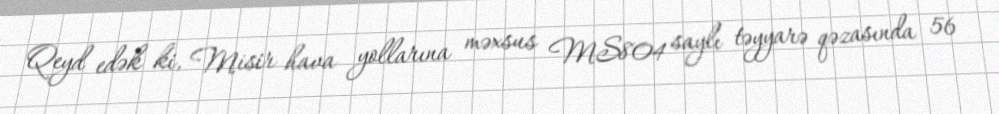
Qeyd edək ki, Misir hava yollarına məxsus MS804 saylı təyyarə qəzasında 56